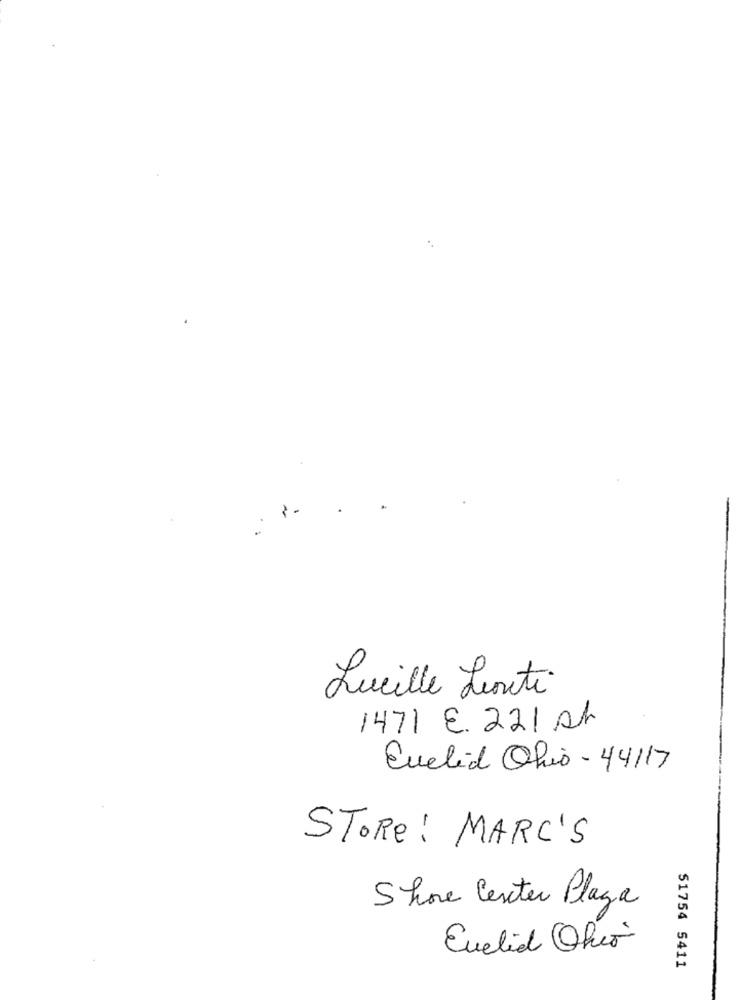
Lucille Leoneti
1471 €. 221 st
Euclid Ohio - 44117
STORE: MARC'S
Shore Center Plaza
Euclid Ohio
51754 5411